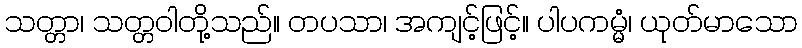
သတ္တာ၊ သတ္တဝါတို့သည်။ တပသာ၊ အကျင့်ဖြင့်။ ပါပကမ္မံ၊ ယုတ်မာသော